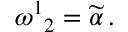
\omega ^ { 1 } { } _ { 2 } = \widetilde { \alpha } \, .